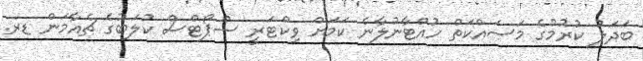
ބަދަލު ކުރުމުގެ މަސައްކަތް ހުއްޓާނުލާނެ ކަމަށް ވިކްޓަރީ ސްޕޯޓްސް ކުލަބުގެ ޗެއާމަން ޑރ.